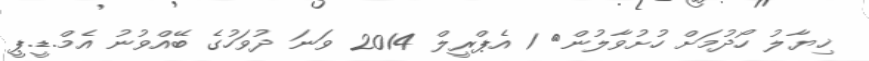
ޚިޔާލު ހޯދުމަށް ހުށުވާލުން< 1 އެޕްރީލް 2014 ވަނަ ދުވަހުގެ ބޭއްވުނު އެމް.ޑީ.ޕީ